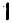
1